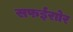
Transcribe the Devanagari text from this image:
सफईराोर